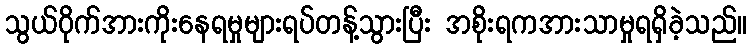
သွယ်ဝိုက်အားကိုးနေရမှုများရပ်တန့်သွားပြီး အစိုးရကအားသာမှုရရှိခဲ့သည်။